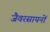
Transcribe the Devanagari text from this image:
जैवरसायनों